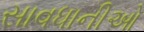
સાવધાનીઓ